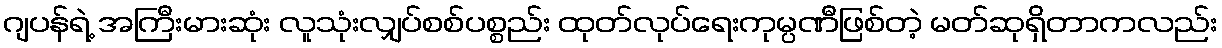
ဂျပန်ရဲ့ အကြီးမားဆုံး လူသုံးလျှပ်စစ်ပစ္စည်း ထုတ်လုပ်ရေးကုမ္ပဏီဖြစ်တဲ့ မတ်ဆုရှိတာကလည်း